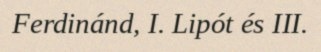
Ferdinánd, I. Lipót és III.